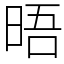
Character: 晤